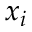
x _ { i }